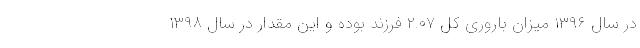
در سال ۱۳۹۶ میزان باروری کل ۲.۰۷ فرزند بوده و این مقدار در سال ۱۳۹۸